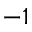
^ { - 1 }